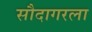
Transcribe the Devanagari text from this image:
सौदागरला